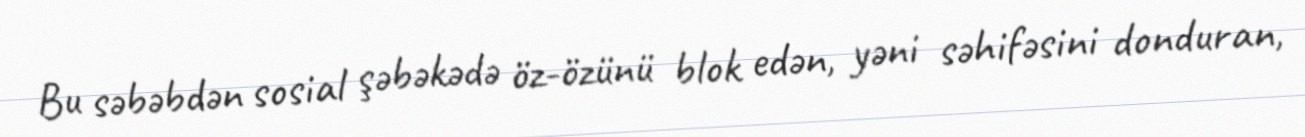
Bu səbəbdən sosial şəbəkədə öz-özünü blok edən, yəni səhifəsini donduran,